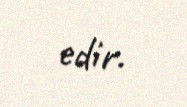
edir.